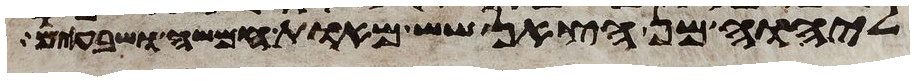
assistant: ליהוה מן הצאן שש מאות חמשה ושבעים